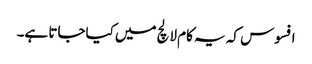
افسوس کہ یہ کام لالچ میں کیاجاتا ہے۔